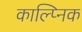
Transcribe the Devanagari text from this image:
काल्प्निक